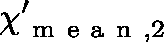
\mathbf { \chi } _ { \mathrm { ~ m ~ e ~ a ~ n ~ } , 2 } ^ { \prime }